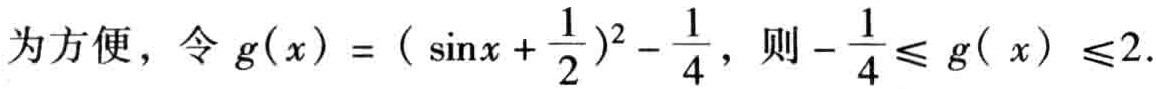
为方便，令 \(g(x)=(\sin x+\frac{1}{2})^2 - \frac{1}{4}\)，则 \(-\frac{1}{4}\leq g(x)\leq 2\).